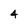
Character: 4